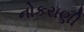
નોકરાણી